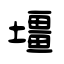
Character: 壃